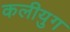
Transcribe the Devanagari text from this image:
कलीयुग